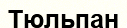
Тюльпан